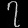
Digit: ၇